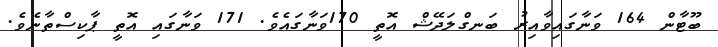
ބޫޓާން 164 ވަނާގައިވާއިރު ބަނގްލަދޭޝް އޮތީ 170ވަނާގައެވެ. 171 ވަނާގައި އޮތީ ޕާކިސްތާނެވެ.